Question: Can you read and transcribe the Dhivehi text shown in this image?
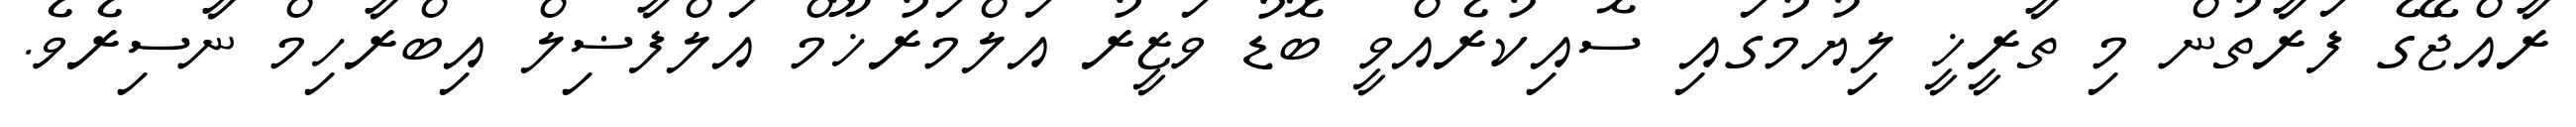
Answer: ރާއްޖޭގެ ފަރާތުން މި ތާރީޚީ ލިޔުމުގައި ސޮއިކުރެއްވީ ބޮޑު ވަޒީރު އަލްމަރުޚޫމް އަލްފާޟިލް އިބްރާހިމް ނާސިރެވެ.